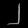
Digit: ၂